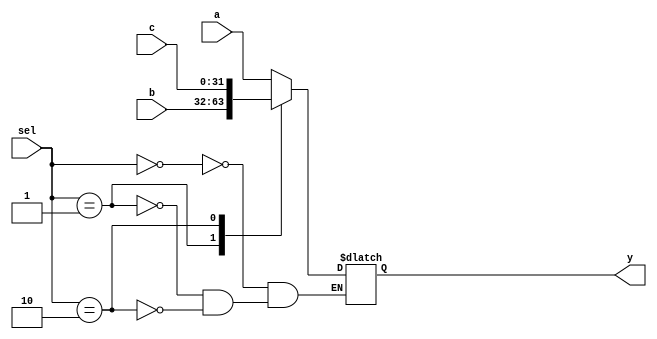
module mux_3 (
    input [31:0]a,b,c,
    input [1:0]sel,
    output reg [31:0]y
);
    always @(*) begin
        case (sel)
            2'b00: y <= a;
            2'b01: y <= b;
            2'b10: y <= c; 
        endcase
    end
endmodule